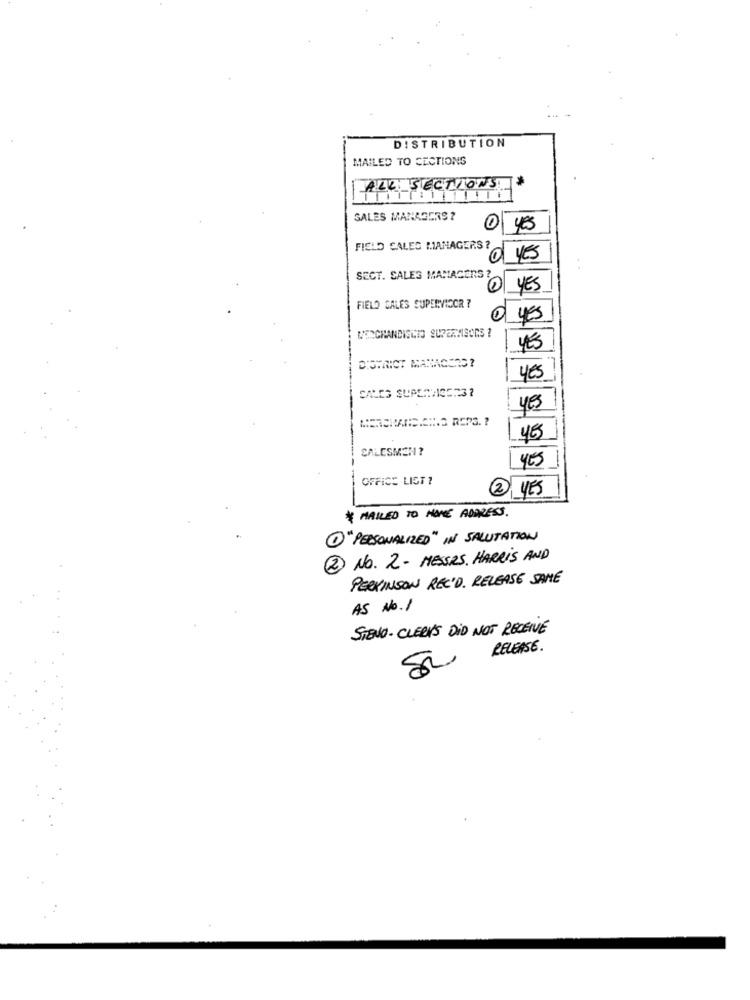
DISTRIBUTION
MAILED TO SECTIONS
ALL SECTIONS
SALES MANAGERS ?
o yes
FIELD SALES MANAGERS ?
a yes
SECT. SALES MANAGERS
YES
FIELD SALES SUPERVISOR ?
YES
YES
SOMRICT MANAGERS?
yes
YES
45
CALESMEN?
YES
OFFICE LIST ?
2 YES
* MAILED TO HOME ADDRESS.
1"PERSONALIZED" IN SALUTATION
2 NO. 2- MESSRS. HARRIS AND
PERKINSON REC'D. RELEASE SAME
AS No.1
STEND- CLERKS DID NOT RECEIVE
RELEASE .
Si